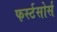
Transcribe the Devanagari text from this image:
फर्स्टसोर्स